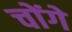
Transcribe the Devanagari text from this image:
चोंगे